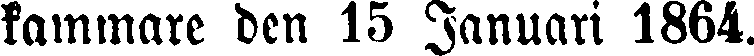
kammare den 15 Januari 1864.